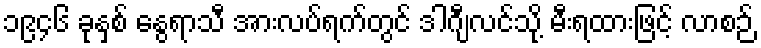
၁၉၄၆ ခုနှစ် နွေရာသီ အားလပ်ရက်တွင် ဒါဂျီလင်သို့ မီးရထားဖြင့် လာစဉ်